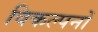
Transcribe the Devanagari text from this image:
विकल्पनों